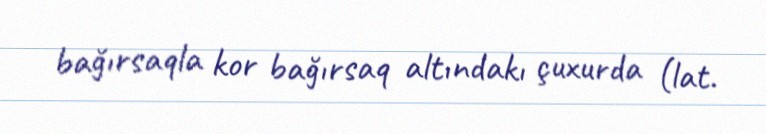
bağırsaqla kor bağırsaq altındakı çuxurda (lat.